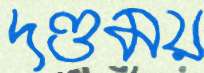
দণ্ডময়